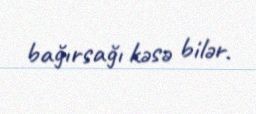
bağırsağı kəsə bilər.